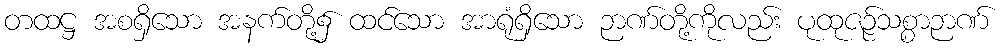
တထဋ္ဌ အစရှိသော အနက်တို့၌ ထင်သော အာရုံရှိသော ဉာဏ်တို့ကိုလည်း ပုထုဇဉ်သစ္စာဉာဏ်